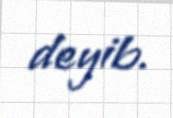
deyib.